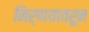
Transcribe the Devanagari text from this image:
निर्णयावरून